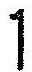
1